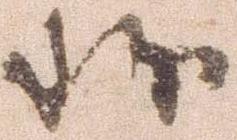
致